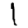
Digit: 1